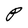
Character: P